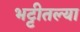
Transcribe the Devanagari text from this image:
भट्टीतल्या